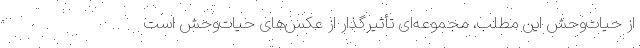
از حیات‌وحش این مطلب، مجموعه‌ای تأثیرگذار از عکس‌های حیات‌وحش است